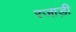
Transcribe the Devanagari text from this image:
रजाड़ी